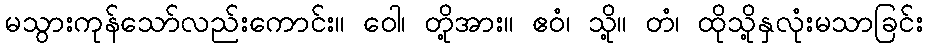
မသွားကုန်သော်လည်းကောင်း။ ဝေါ၊ တို့အား။ ဧဝံ၊ သို့။ တံ၊ ထိုသို့နှလုံးမသာခြင်း